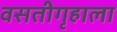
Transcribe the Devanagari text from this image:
वसतीगृहाला